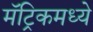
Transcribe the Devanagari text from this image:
मॅट्रिकमध्ये